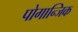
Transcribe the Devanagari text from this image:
पोगान्जिक